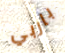
باربي